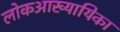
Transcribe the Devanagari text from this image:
लोकआख्यायिका